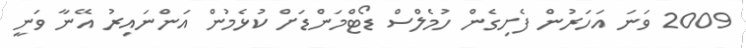
2009 ވަނަ އަހަރުން ފެށިގެން ހުމެލްސް ޑޯޓްމަންޑަށް ކުޅެމުން އަންނައިރު އޭނާ ވަނީ